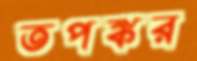
তপঙ্কর